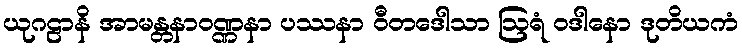
ယုဂဠာနိ အာမန္တနာဝဏ္ဏနာ ပဿနာ ဝီတဒေါသာ ဩရံ ဝဒါနော ဒုတိယကံ